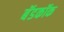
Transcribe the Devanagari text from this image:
बॅडकॉक